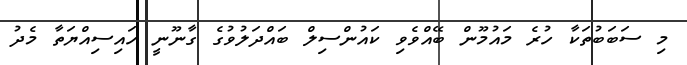
މި ސަބަބުތަކާ ހުރެ މައުމޫން ބޭއްވެވި ކައުންސިލް ބައްދަލުވުގެ ގާނޫނީ ހައިސިއްޔަތާ މެދު